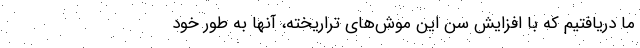
ما دریافتیم که با افزایش سن این موش‌های تراریخته، آنها به طور خود